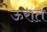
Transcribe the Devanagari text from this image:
ऊरात